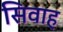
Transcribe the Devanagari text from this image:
सिवाह